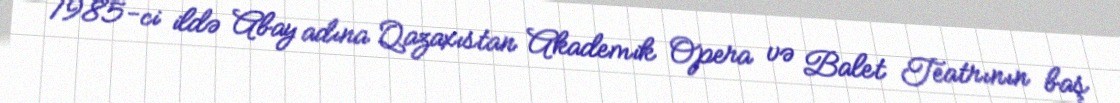
1985-ci ildə Abay adına Qazaxıstan Akademik Opera və Balet Teatrının baş